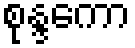
စုန္ဒကော